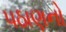
૫ઠાણનો